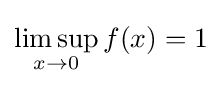
\limsup _{x\to 0}f(x)=1